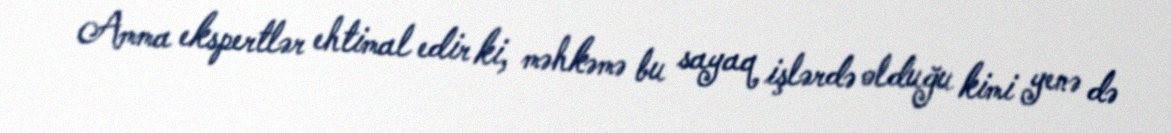
Amma ekspertlər ehtimal edir ki, məhkəmə bu sayaq işlərdə olduğu kimi yenə də